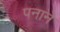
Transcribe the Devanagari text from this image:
पनाने